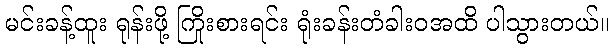
မင်းခန့်ထူး ရုန်းဖို့ ကြိုးစားရင်း ရုံးခန်းတံခါးဝအထိ ပါသွားတယ်။